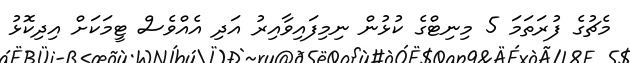
މެޗުގެ ފުރަތަމަ 5 މިނިޓްގެ ކުޅުން ނިމިފައިވާއިރު އަދި އެއްވެސް ޓީމަކަށް އިދިކޮޅު